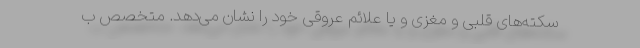
سکته‌های قلبی و مغزی و یا علائم عروقی خود را نشان می‌دهد. متخصص ب